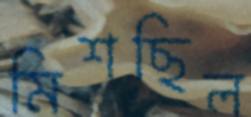
মিশছিল